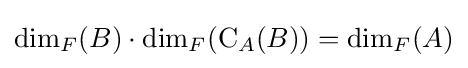
\mathrm {dim} _{F}(B)\cdot \mathrm {dim} _{F}(\mathrm {C} _{A}(B))=\mathrm {dim} _{F}(A)